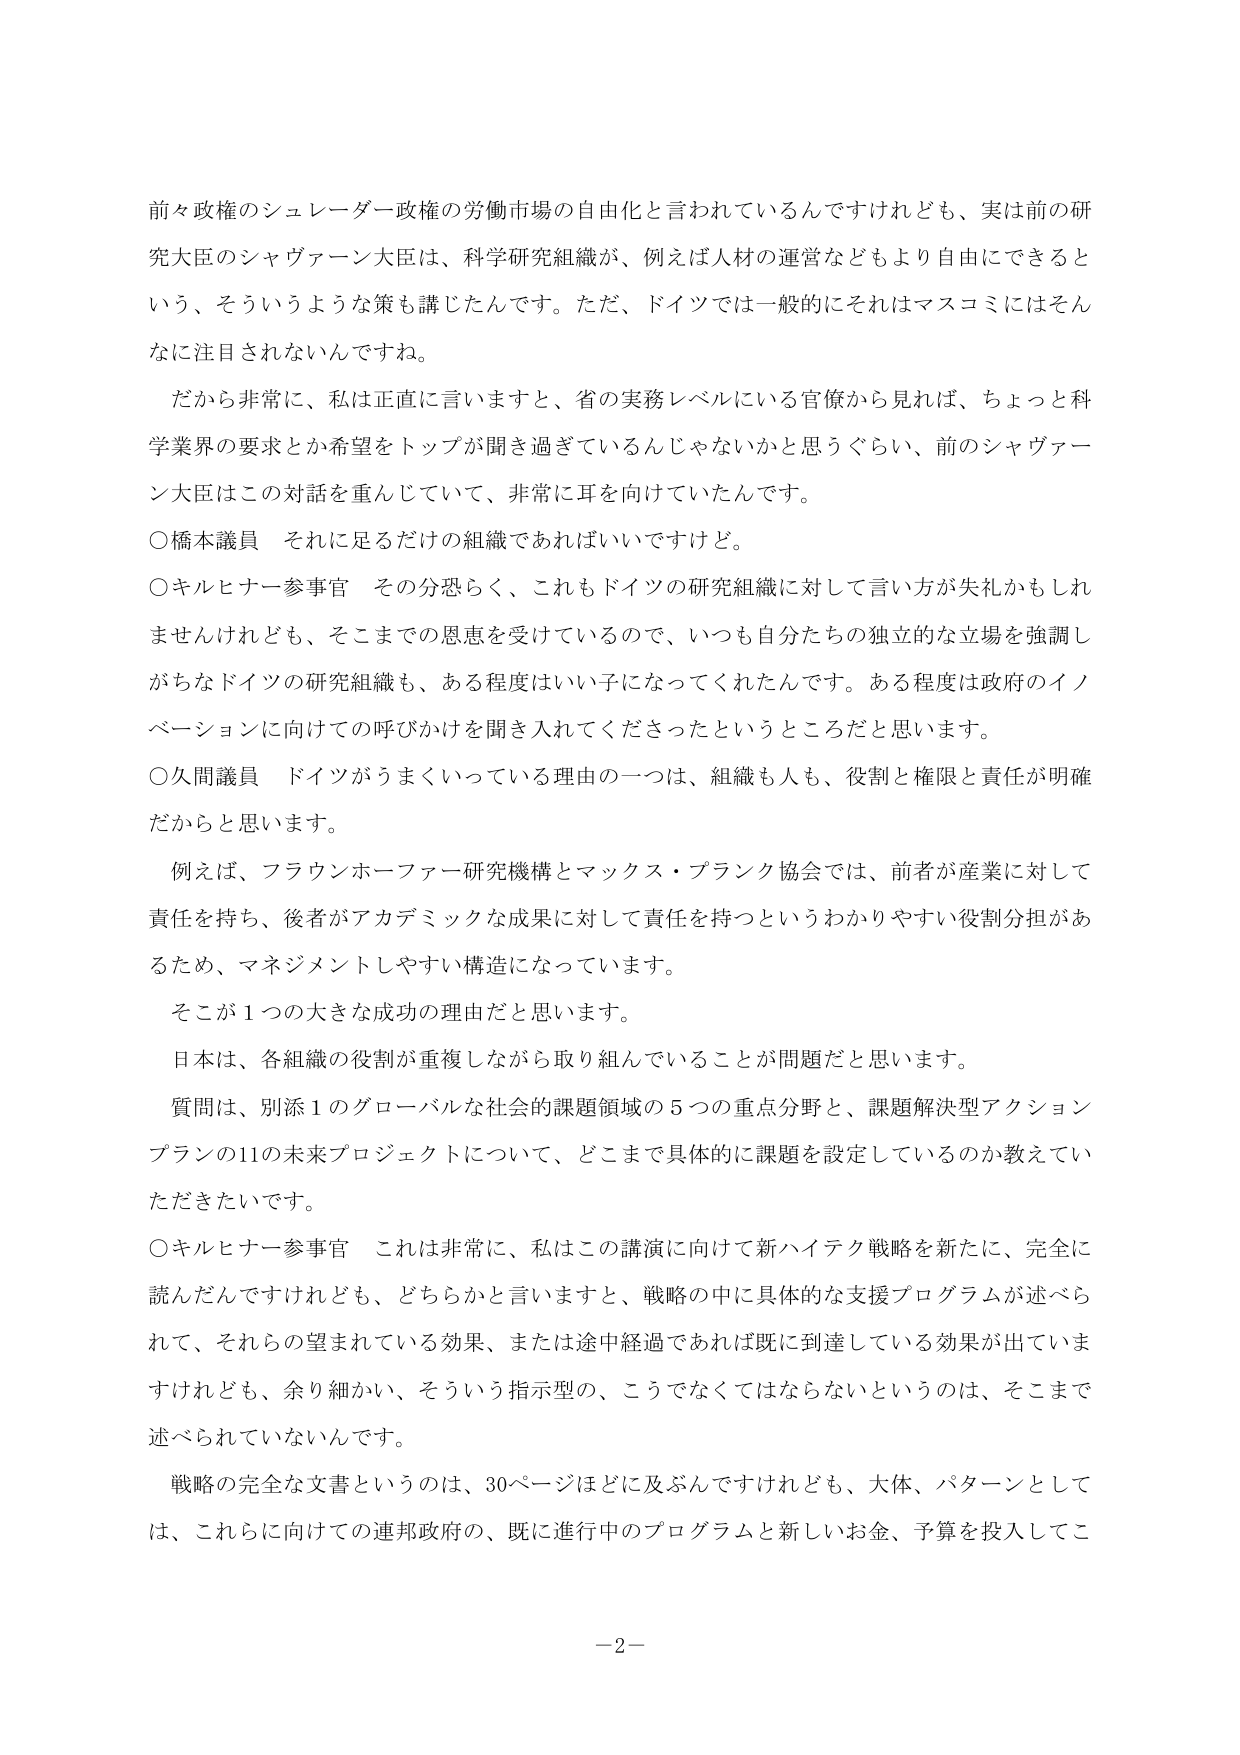
前々政権のシュレーダー政権の労働市場の自由化と言われているんですけれども、実は前の研究大臣のシャヴァーン大臣は、科学研究組織が、例えば人材の運営などもより自由にできるという、そういうような策も講じたんです。ただ、ドイツでは一般的にそれはマスコミにはそんなに注目されないんですね。

だから非常に、私は正直に言いますと、省の実務レベルにいる官僚から見れば、ちょっと科学業界の要求とか希望をトップが聞き過ぎているんじゃないかと思うぐらい、前のシャヴァーン大臣はこの対話を重んじていて、非常に耳を向けていたんです。

○橋本議員　それに足るだけの組織であればいいですけど。

○キルヒナー参事官　その分恐らく、これもドイツの研究組織に対して言い方が失礼かもしれませんが、そこまでの恩恵を受けているので、いつも自分たちの独立的な立場を強調しがちなドイツの研究組織も、ある程度はいい子になってくれたんです。ある程度は政府のイノベーションに向けての呼びかけを聞き入れてくださったというところだと思います。

○久間議員　ドイツがうまくいっている理由の一つは、組織も人も、役割と権限と責任が明確だからと思います。

例えば、フラウンホーファー研究機構とマックス・プランク協会では、前者が産業に対して責任を持ち、後者がアカデミックな成果に対して責任を持つというわかりやすい役割分担があるため、マネジメントしやすい構造になっています。

そこが1つの大きな成功の理由だと思います。

日本は、各組織の役割が重複しながら取り組んでいることが問題だと思います。

質問は、別添1のグローバルな社会的課題領域の5つの重点分野と、課題解決型アクションプランの11の未来プロジェクトについて、どこまで具体的に課題を設定しているのか教えていただきたいです。

○キルヒナー参事官　これは非常に、私はこの講演に向けて新ハイテク戦略を新たに、完全に読んだんですけども、どちらかと言いますと、戦略の中に具体的な支援プログラムが述べられて、それらの望まれている効果、または途中経過であれば既に到達している効果が出ていますけれども、余り細かい、そういう指示型の、こうでなくてはならないというのは、そこまで述べられていないんです。

戦略の完全な文書というのは、30ページほどに及ぶんですけども、大体、パターンとしては、これらに向けての連邦政府の、既に進行中のプログラムと新しいお金、予算を投入してこ

－2－